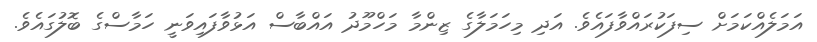
އަމަލެއްކަމަށް ސިފަކުރައްވާފައެވެ. އަދި މިހަމަލާގެ ޒިންމާ މަހްމޫދު އައްބާސް އަޅުވާފައިވަނީ ހަމާސްގެ ބޮލުގައެވެ.